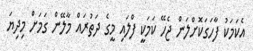
އެކަމަކު ފާހަގަކޮށްލަން ޖެހޭ ކަމަކީ ފްލައި މީގެ ދަތުރައް މާލޭން ގަމަށް މިދިޔަ